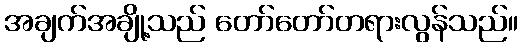
အချက်အချို့သည် တော်တော်တရားလွန်သည်။